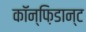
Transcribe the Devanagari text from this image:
कॉन्फ़िडान्ट